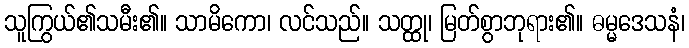
သူကြွယ်၏သမီး၏။ သာမိကော၊ လင်သည်။ သတ္ထု၊ မြတ်စွာဘုရား၏။ ဓမ္မဒေသနံ၊